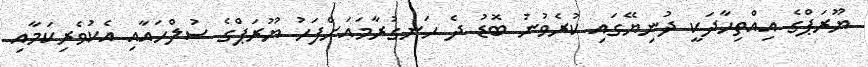
ޔޫރަޕްގެ އިއްތިހާދަކީ ދުނިޔޭގައި ކުރެވުނު ބޮޑު ދެ ހަނގުރާމައަށްފަހު ޔޫރަޕްގެ ސުލްހައާއި އެކުވެރިކަމާއި